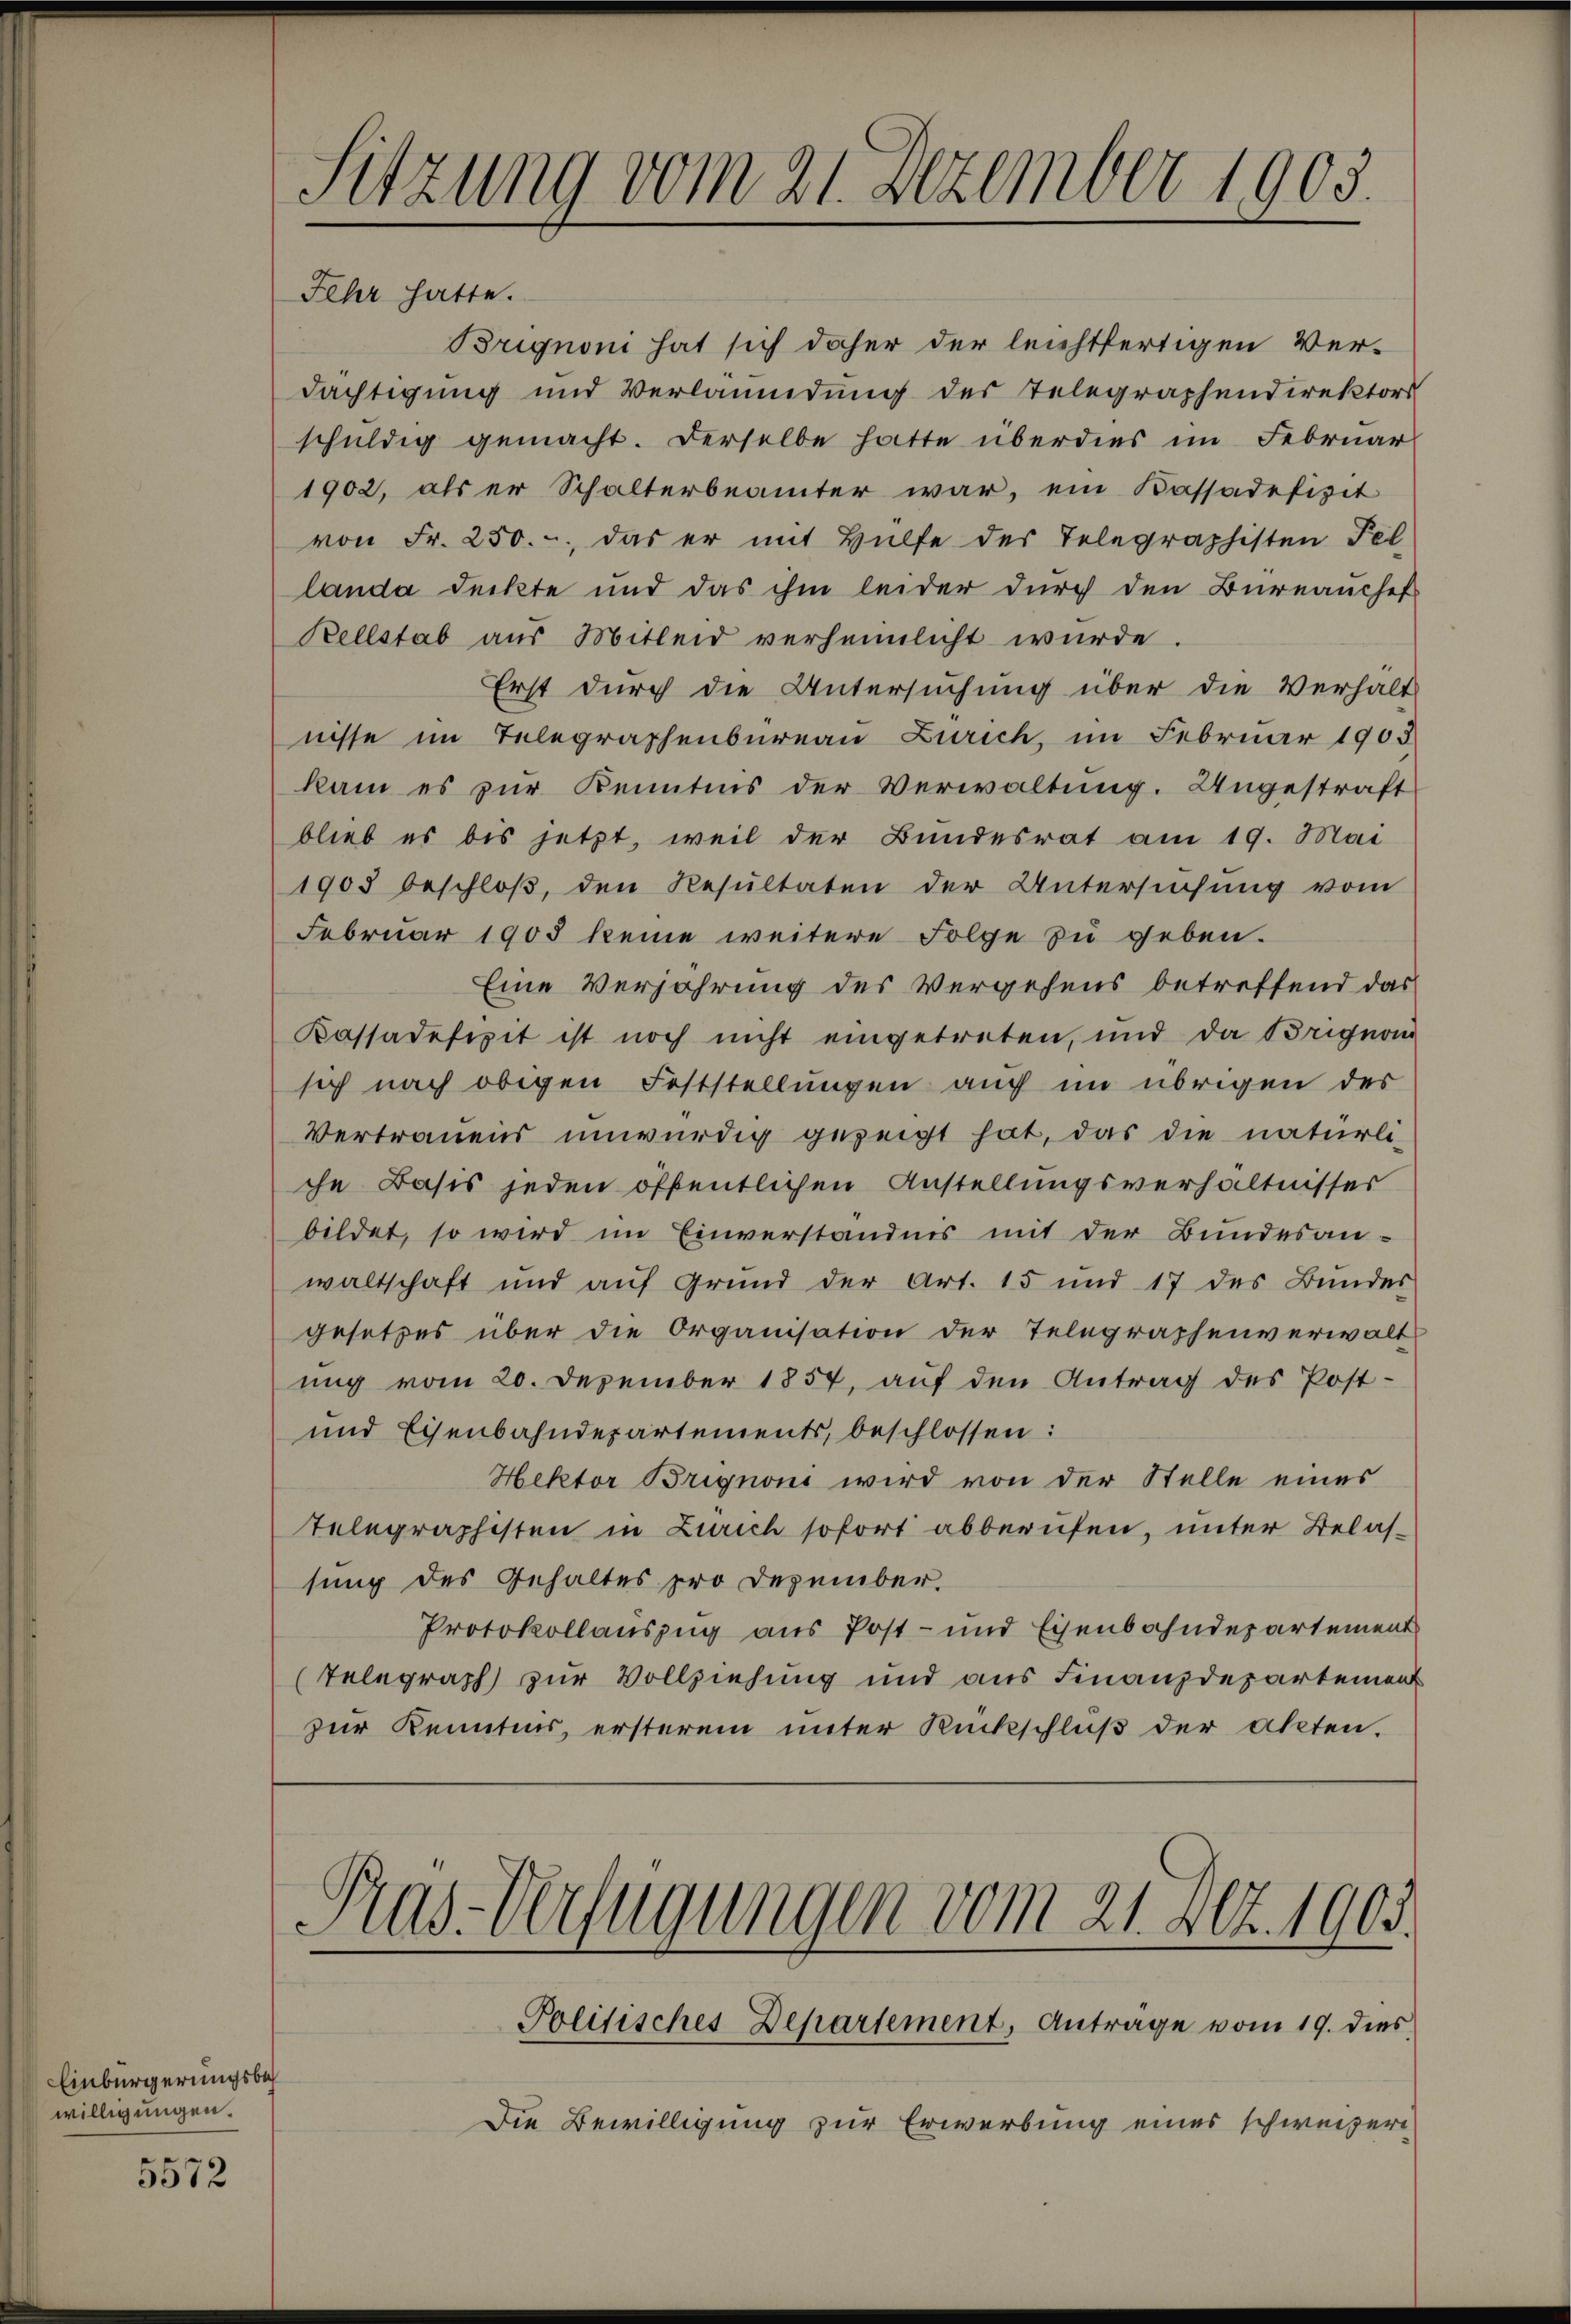
Einbürgerungsbes
willigungen.

5572

Sitzung vom 21. Dezember 1903.

Fehr

Brignoni hat sich daher der leichtfertigen Ver-
dächtigung und Verläumdung des Telegraphendirektors
schuldig gemacht. Derselbe hatte überdies im Februar
1902, als er Schalterbeamter war, ein Kassadefizit
von Fr. 250. - das er mit Hülfe des Telegraphisten Fel
landa deckte und das ihm leider durch den Büreaŭchef
Kellstab aus Mitleid verheimlicht würde.
Erst durch die Untersuchung über die Verhalt
nisse im Telegraphenbureau Zürich, im Februar 1905
kam es zur Kenntnis der Verwaltung. Ungestraft
blieb es bis jetzt, weil der Bundesrat am 19. Mai
1905 beschloβ, den Resultaten der Untersŭchŭng vom
Februar 1903 keine weitere Folge zu geben.
Eine Verjährung des Vergehens betreffend das
Kassadefizit ist noch nicht eingetreten, und da Brignom
sich nach obigen Feststellungen auch im übrigen des
Vertrauens unwürdig gezeigt hat, das die natürli-
che Basis jeden öffentlichen Anstellungsverhältnisses
bildet, so wird im Einverständnis mit der Bundesanwaltschaft und auf Grund der Art. 15 und 17 des Bundes
gesetzes über die Organisation der Telegraphenverwalt
ung vom 20. Dezember 1857, auf den Antrag des Post-
und Eisenbahndepartements, beschlossen:
Hektor Brignoni wird von der Stelle eines
Telegraphisten in Zürich sofort abberufen, unter Belassung des Gehaltes pro Dezember.
Protokollauszug aus Post- und Eisenbahndepartement
Telegraph zur Vollziehung und aus Finanzdepartement
zur Kenntnis, ersterem unter Rückschluß der Akten.

Pras-Verfügungen vom 21. Dez. 1903.
Politisches Departement, Anträge vom 19. dies

Die Bewilligung zur Erwerbung eines schweizeri¬